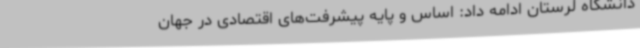
دانشگاه لرستان ادامه داد: اساس و پایه پیشرفت‌های اقتصادی در جهان